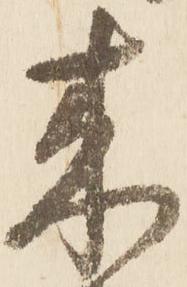
来